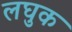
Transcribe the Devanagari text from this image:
लघुक